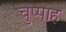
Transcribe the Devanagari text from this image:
चुप्पाह